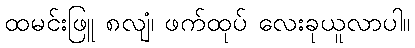
ထမင်းဖြူ ၈လျံ၊ ဖက်ထုပ် လေးခုယူလာပါ။